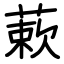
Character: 蔌